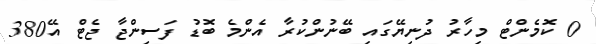
0 ކޮމެންޓް މިހާރު ދުނިޔޭގައި ބޭނުންކުރާ އެންމެ ބޮޑު ފަސިންޖާ ޖެޓް އޭ380